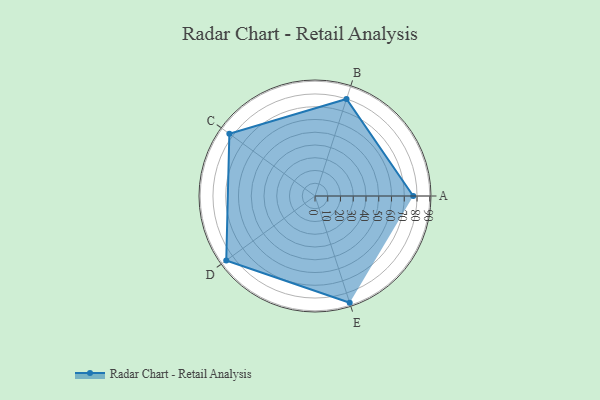
{"axis": {"x": "Skill", "y": "Score"}, "legend": ["Profile"], "data": [{"x": "A", "y": 77.0, "type": "Profile"}, {"x": "B", "y": 80.0, "type": "Profile"}, {"x": "C", "y": 83.0, "type": "Profile"}, {"x": "D", "y": 86.0, "type": "Profile"}, {"x": "E", "y": 88.0, "type": "Profile"}]}